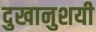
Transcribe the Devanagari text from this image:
दुखानुशयी